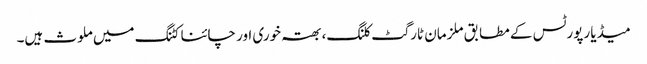
میڈیا رپورٹس کے مطابق ملزمان ٹارگٹ کلنگ، بھتہ خوری اور چائنا کٹنگ میں ملوث ہیں۔